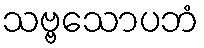
သဗ္ဗသောပဘံ